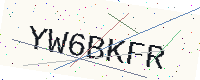
Text: YW6BKFR